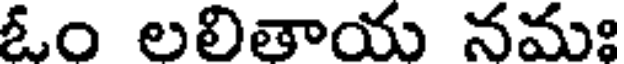
ఓం లలితాయ నమః